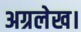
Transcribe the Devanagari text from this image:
अग्रलेख।